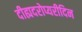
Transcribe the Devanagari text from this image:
दीह्यदरोप्यरीदिन